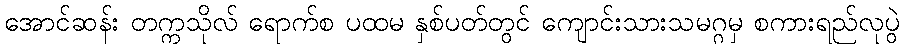
အောင်ဆန်း တက္ကသိုလ် ရောက်စ ပထမ နှစ်ပတ်တွင် ကျောင်းသားသမဂ္ဂမှ စကားရည်လုပွဲ